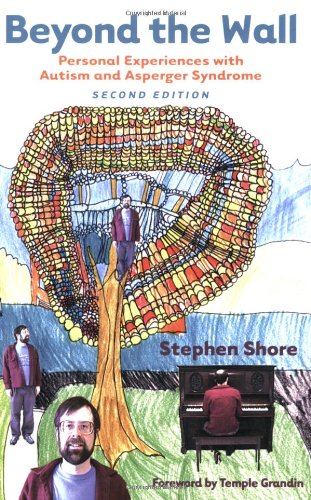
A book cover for Beyond the Wall: Personal Experiences with Autism and Asperger Syndrome, Second Edition; Stephen M. Shore; Biographies & Memoirs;